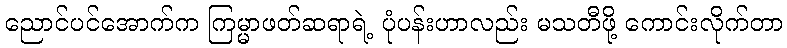
ညောင်ပင်အောက်က ကြမ္မာဖတ်ဆရာရဲ့ ပုံပန်းဟာလည်း မသတီဖို့ ကောင်းလိုက်တာ